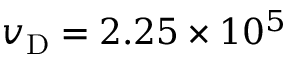
v _ { \mathrm { D } } = 2 . 2 5 \times 1 0 ^ { 5 }